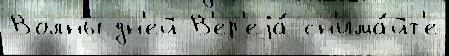
Волны дн'ей В'ер'еjа́ сн'има́йт'е